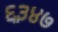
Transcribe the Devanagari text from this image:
६३४७